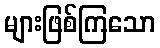
များဖြစ်ကြသော